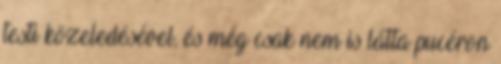
testi közeledésével, és még csak nem is látta pucéron